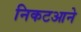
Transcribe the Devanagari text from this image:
निकटआने